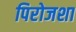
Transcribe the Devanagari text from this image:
पिरोजशा